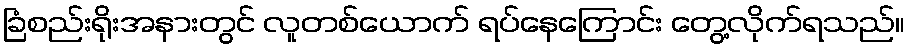
ခြံစည်းရိုးအနားတွင် လူတစ်ယောက် ရပ်နေကြောင်း တွေ့လိုက်ရသည်။